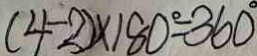
( 4 - 2 ) \times 1 8 0 ^ { \circ } = 3 6 0 ^ { \circ }